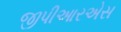
જીપીઆરએસ